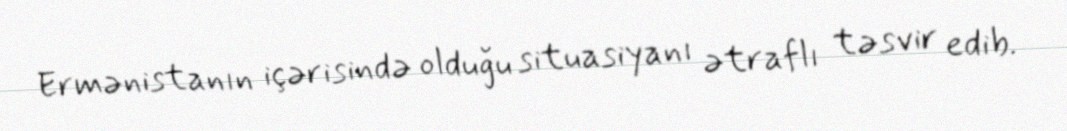
Ermənistanın içərisində olduğu situasiyanı ətraflı təsvir edib.